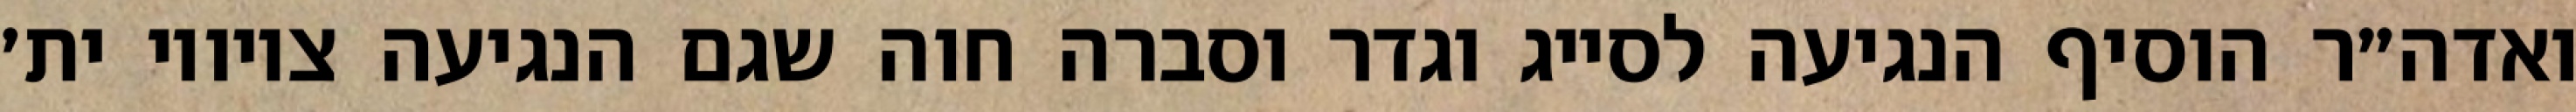
ואדה״ר הוסיף הנגיעה לסייג וגדר וסברה חוה שגם הנגיעה ציוויו ית׳